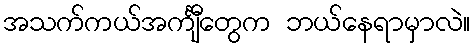
အသက်ကယ်အင်္ကျီတွေက ဘယ်နေရာမှာလဲ။